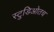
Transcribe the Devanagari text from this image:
स्टुडिओतच